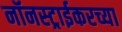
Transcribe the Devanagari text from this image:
नॉनस्ट्राईकरच्या